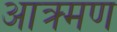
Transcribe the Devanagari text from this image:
आक्र्मण